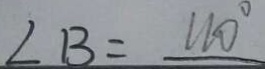
\angle B = 1 1 0 ^ { \circ }